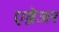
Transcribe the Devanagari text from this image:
एब्नेजर